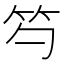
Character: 𥫩